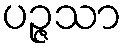
ပဉ္ဇသာ